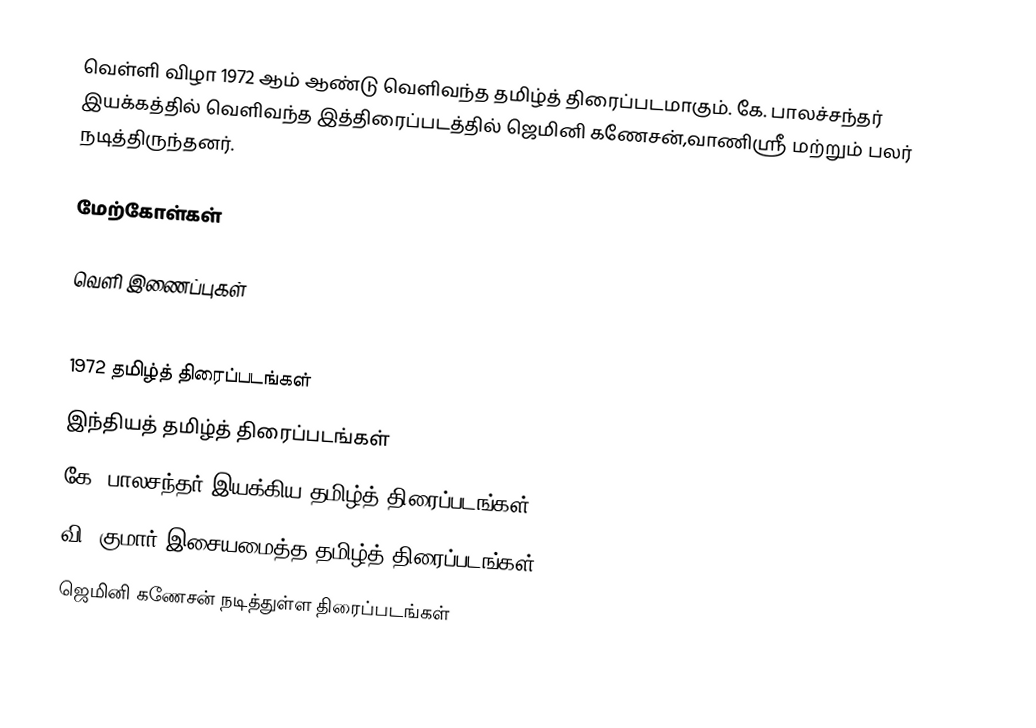
வெள்ளி விழா 1972 ஆம் ஆண்டு வெளிவந்த தமிழ்த் திரைப்படமாகும். கே. பாலச்சந்தர் இயக்கத்தில் வெளிவந்த இத்திரைப்படத்தில் ஜெமினி கணேசன்,வாணிஸ்ரீ மற்றும் பலர் நடித்திருந்தனர்.

மேற்கோள்கள்

வெளி இணைப்புகள்

1972 தமிழ்த் திரைப்படங்கள்
இந்தியத் தமிழ்த் திரைப்படங்கள்
கே. பாலசந்தர் இயக்கிய தமிழ்த் திரைப்படங்கள்
வி. குமார் இசையமைத்த தமிழ்த் திரைப்படங்கள்
ஜெமினி கணேசன் நடித்துள்ள திரைப்படங்கள்